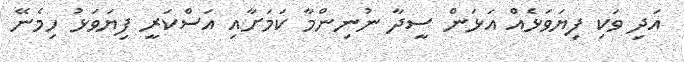
އަދި ވަކި ފިޔަވަޅެއް އަޅަން ސީދާ ނުނިންމާ ކަމަށާއި އަސްކަރީ ފިޔަވަޅު ހިމެނޭ